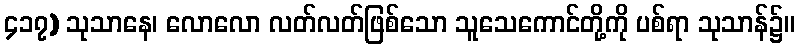
၄၁၇) သုသာနေ၊ လောလော လတ်လတ်ဖြစ်သော သူသေကောင်တို့ကို ပစ်ရာ သုသာန်၌။